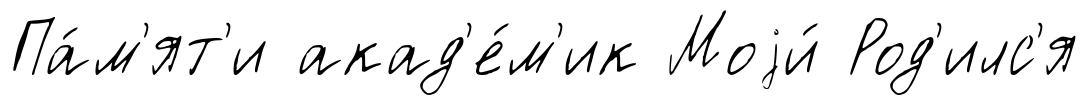
Па́м'ят'и акад'е́м'ик Моjи́ Род'илс'я